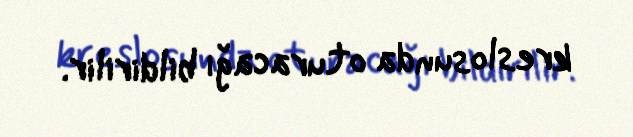
kreslosunda oturacağı bildirilir.